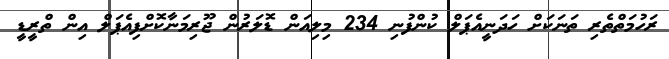
ރަހުމަތްތެރި ތަނަކަށް ހަދަނީއެޕަލް ކުންފުނި 234 މިލިއަން ޑޮލަރުން ޖޫރިމަނާކޮށްފިއެޕަލް އިން ތްރީޑީ